Lunatic asylums in Bengal annual reports 1888-1898 - 1888-1898
Year: 1888
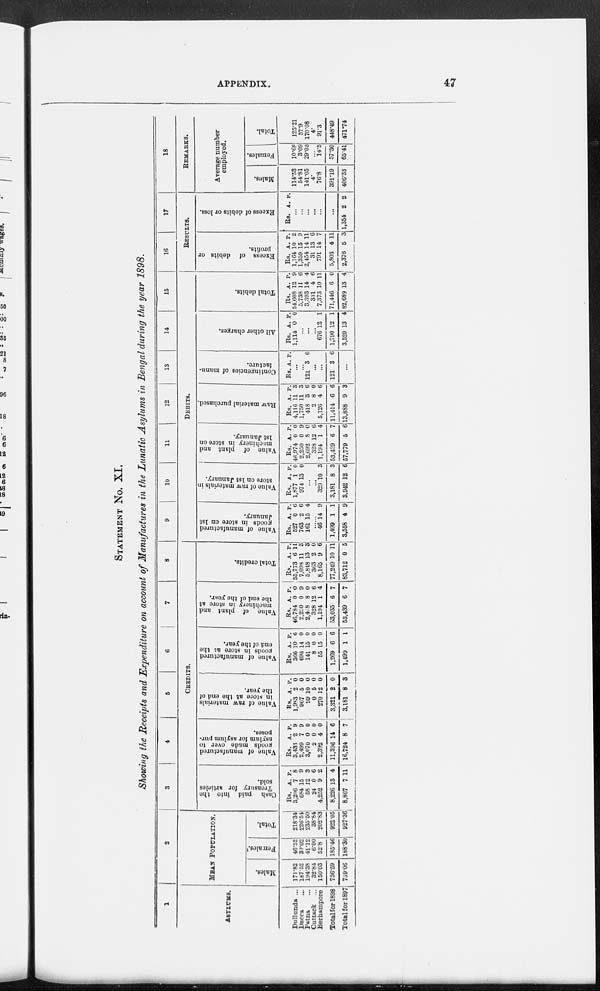
APPENDIX. 47
STATEMENT No. XI.
Showing the Receipts and Expenditure on account of Manufactures in the Lunatic Asylums in Bengal during the year 1898.
1
ASYLUMS.
Dullunda ...
Dacca ...
Patna ...
Cuttack ...
Berhampore
Total for 1898
Total for 1897
2
MEAN POPULATION.
Males.
171.82
187.52
194.38
32.84
150.03
736.59
739.06
Females.
46.52
39.02
41.12
6.00
52.8
185.46
188.30
Total.
218.34
226.54
235.50
38.84
202.83
922.05
927.36
3
4
5
6
7
8
CREDITS.
Cash paid into the
Treasury for articles
sold.
Rs.
3,206
684
58
24
4,252
8,226
8,867
A.
7
15
12
0
9
13
7
P.
8
9
3
6
2
4
11
Value of manufactured
goods made over to
asylum for asylum pur-
poses.
Rs.
3,433
2,499
3,070
2
2,392
11,396
16,724
A.
2
7
0
0
4
14
8
P.
9
9
0
0
0
6
7
Value of raw materials
in store at the end of
the year.
Rs.
1,983
967
99
0
270
3,321
3,181
A.
2
5
10
5
12
2
8
P.
0
0
0
0
0
0
3
Value of manufactured
goods in store at the
end of the year.
Rs.
366
696
141
8
55
1,269
1,499
A.
10
14
15
0
45
6
1
P.
6
0
0
0
0
6
1
Value of plant and
machinery in store at
the end of the year.
Rs.
46,784
2,250
2,478
328
1,194
53,035
53,439
A.
0
0
8
12
1
6
6
P.
0
9
0
6
4
7
7
Total credits.
Rs.
55,773
7,098
5,848
363
8,165
77,249
83,712
A.
6
11
13
2
9
10
0
P.
11
3
3
0
6
11
5
9
10
11
12
13
14
15
DEBITS.
Value of manufactured
g oods in store on 1st
January.
Rs.
527
763
161
A.
0
2
15
P.
6
6
4
......
46
1,499
3,558
14
1
4
9
1
9
Value of raw materials in
store on 1st January.
Rs.
1,877
974
A.
1
13
P.
0
0
...
...
329
3,181
3,942
10
8
12
3
3
6
Value of plant and
machinery in store on
1st January.
Rs.
46,974
2,250
2,692
328
1,194
53,439
57,779
A.
0
0
8
12
1
6
5
P.
0
9
0
6
4
7
6
Raw material purchased.
Rs.
4,116
1,750
418
2
5,126
11,414
13,888
A.
11
11
3
8
4
6
9
P.
3
3
6
0
6
6
3
Contingencies of manu-
facture.
Rs. A. P.
...
...
121 3 6
...
...
121 3 6
...
All other charges.
Rs.
1,114
A.
0
P.
0
...
...
...
676
1,790
3,520
12
12
13
1
1
4
Total debits.
Rs.
54,608
5,738
3,393
331
7,373
71,446
82,689
A.
12
11
14
4
10
6
13
P.
9
6
4
6
11
0
4
16
17
RESULTS.
Excess of debits or
profits.
Rs.
1,164
1,359
2,454
31
791
5,803
2,376
A.
10
15
14
13
14
4
5
P.
2
9
11
6
7
11
3
Excess of debits or loss.
Rs. A. P.
...
...
...
...
...
...
1,354 2 2
18
REMARKS.
Average number
employed.
Males.
114.53
54.81
141.05
4.
76.8
391.19
406.33
Females.
10.68
3.09
29.03
...
14.5
57.30
65.41
Total.
125.21
57.9
170.08
4.
91.3
448.49
471.74